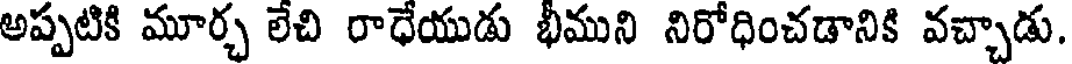
అప్పటికి మూర్చ లేచి రాధేయుడు భీముని నిరోధించడానికి వచ్చాడు.